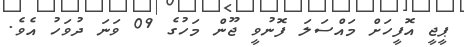
ޕީޖީ އޮފީހަށް މައްސަލަ ފޮނުވީ ޖޫން މަހުގެ 09 ވަނަ ދުވަހު އެވެ.